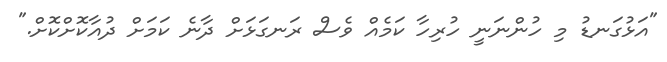
"އަޅުގަނޑު މި ހުންނަނީ ހުރިހާ ކަމެއް ވެސް ރަނގަޅަށް ދާނެ ކަމަށް ދުއާކޮށްކޮށް."